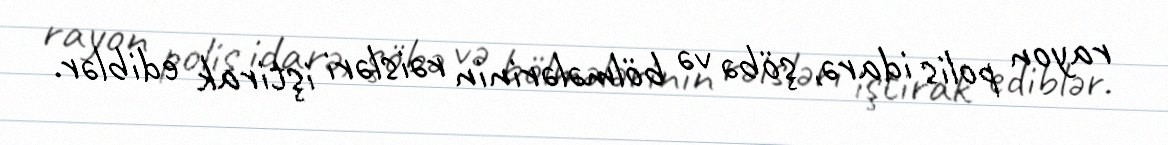
rayon polis idarə, şöbə və bölmələrinin rəisləri iştirak ediblər.